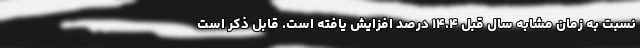
نسبت به زمان مشابه سال قبل ۱۴.۴ درصد افزایش یافته است. قابل ذکر است